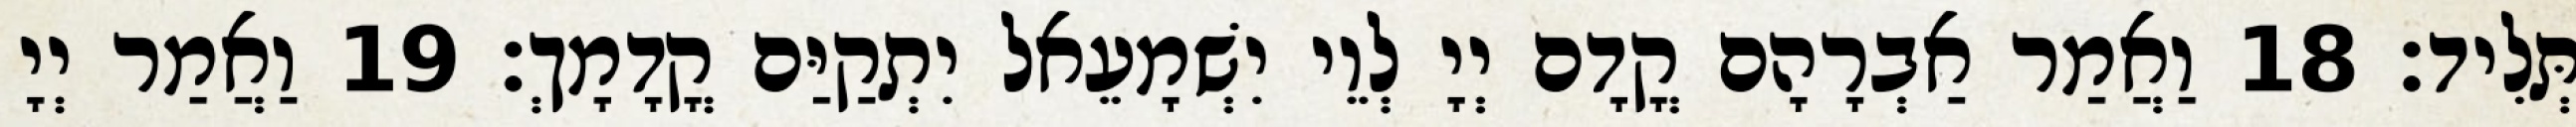
תְּלִיד׃ 18 וַאֲמַר אַבְרָהָם קֳדָם יְיָ לְוֵי יִשְׁמָעֵאל יִתְקַיַּם קֳדָמָךְ׃ 19 וַאֲמַר יְיָ